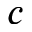
c